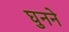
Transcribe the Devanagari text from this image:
घुनने